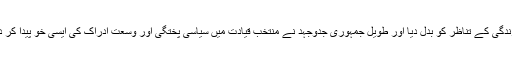
اس وقت ابلاغ کی سائنس اور سوشل میڈیا کی وسعت نے انسانوں کو باہم جوڑ کے اجتماعی زندگی کے تناظر کو بدل دیا اور طویل جمہوری جدوجہد نے منتخب قیادت میں سیاسی پختگی اور وسعت ادراک کی ایسی خُو پیدا کر دی ہےجسے قانون کے کوڑے سے ہانکنا یا طاقت کے بلبوتےپر زنجیر پہنانا ممکن نہیں رہا۔